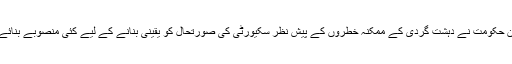
جرمن حکومت نے دہشت گردی کے ممکنہ خطروں کے پیش نظر سکیورٹی کی صورتحال کو یقینی بنانے کے لیے کئی منصوبے بنائے ہیں۔